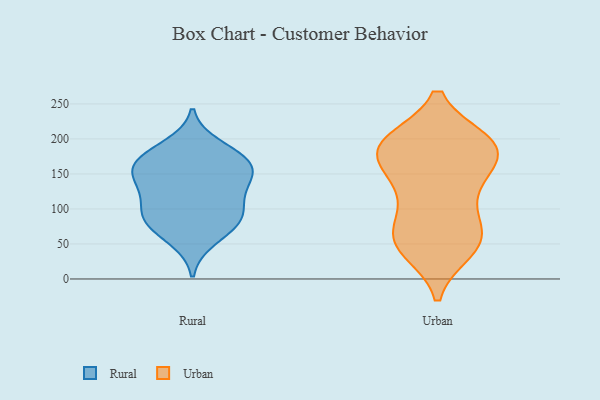
{"axis": {"x": "Budget (USD K)", "y": "Value"}, "legend": ["Rural", "Urban"], "data": [{"x": "", "y": 77, "type": "Rural"}, {"x": "", "y": 134, "type": "Rural"}, {"x": "", "y": 92, "type": "Rural"}, {"x": "", "y": 89, "type": "Rural"}, {"x": "", "y": 161, "type": "Rural"}, {"x": "", "y": 85, "type": "Rural"}, {"x": "", "y": 174, "type": "Rural"}, {"x": "", "y": 147, "type": "Rural"}, {"x": "", "y": 134, "type": "Rural"}, {"x": "", "y": 112, "type": "Rural"}, {"x": "", "y": 56, "type": "Rural"}, {"x": "", "y": 167, "type": "Rural"}, {"x": "", "y": 164, "type": "Rural"}, {"x": "", "y": 190, "type": "Rural"}, {"x": "", "y": 41, "type": "Urban"}, {"x": "", "y": 123, "type": "Urban"}, {"x": "", "y": 174, "type": "Urban"}, {"x": "", "y": 85, "type": "Urban"}, {"x": "", "y": 69, "type": "Urban"}, {"x": "", "y": 195, "type": "Urban"}, {"x": "", "y": 154, "type": "Urban"}, {"x": "", "y": 196, "type": "Urban"}, {"x": "", "y": 146, "type": "Urban"}, {"x": "", "y": 49, "type": "Urban"}, {"x": "", "y": 185, "type": "Urban"}, {"x": "", "y": 50, "type": "Urban"}, {"x": "", "y": 194, "type": "Urban"}, {"x": "", "y": 49, "type": "Urban"}, {"x": "", "y": 181, "type": "Urban"}, {"x": "", "y": 194, "type": "Urban"}, {"x": "", "y": 122, "type": "Urban"}, {"x": "", "y": 63, "type": "Urban"}, {"x": "", "y": 192, "type": "Urban"}]}